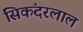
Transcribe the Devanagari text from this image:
सिकंदरलाल